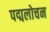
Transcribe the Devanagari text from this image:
पद्मलोचन